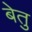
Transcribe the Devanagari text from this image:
बेतु